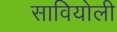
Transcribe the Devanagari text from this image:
सावियोली